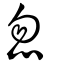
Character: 忽